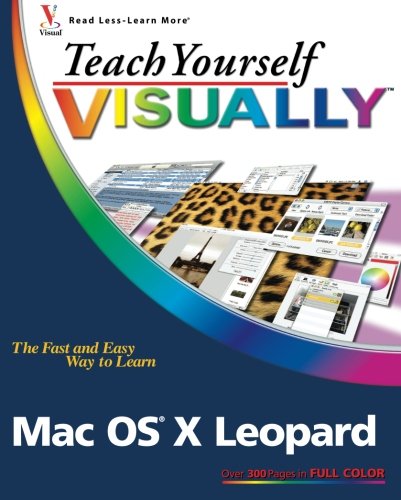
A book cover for Teach Yourself VISUALLY Mac OS X Leopard; Lynette Kent; Computers & Technology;